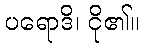
ပရောဒိ၊ ငို၏။